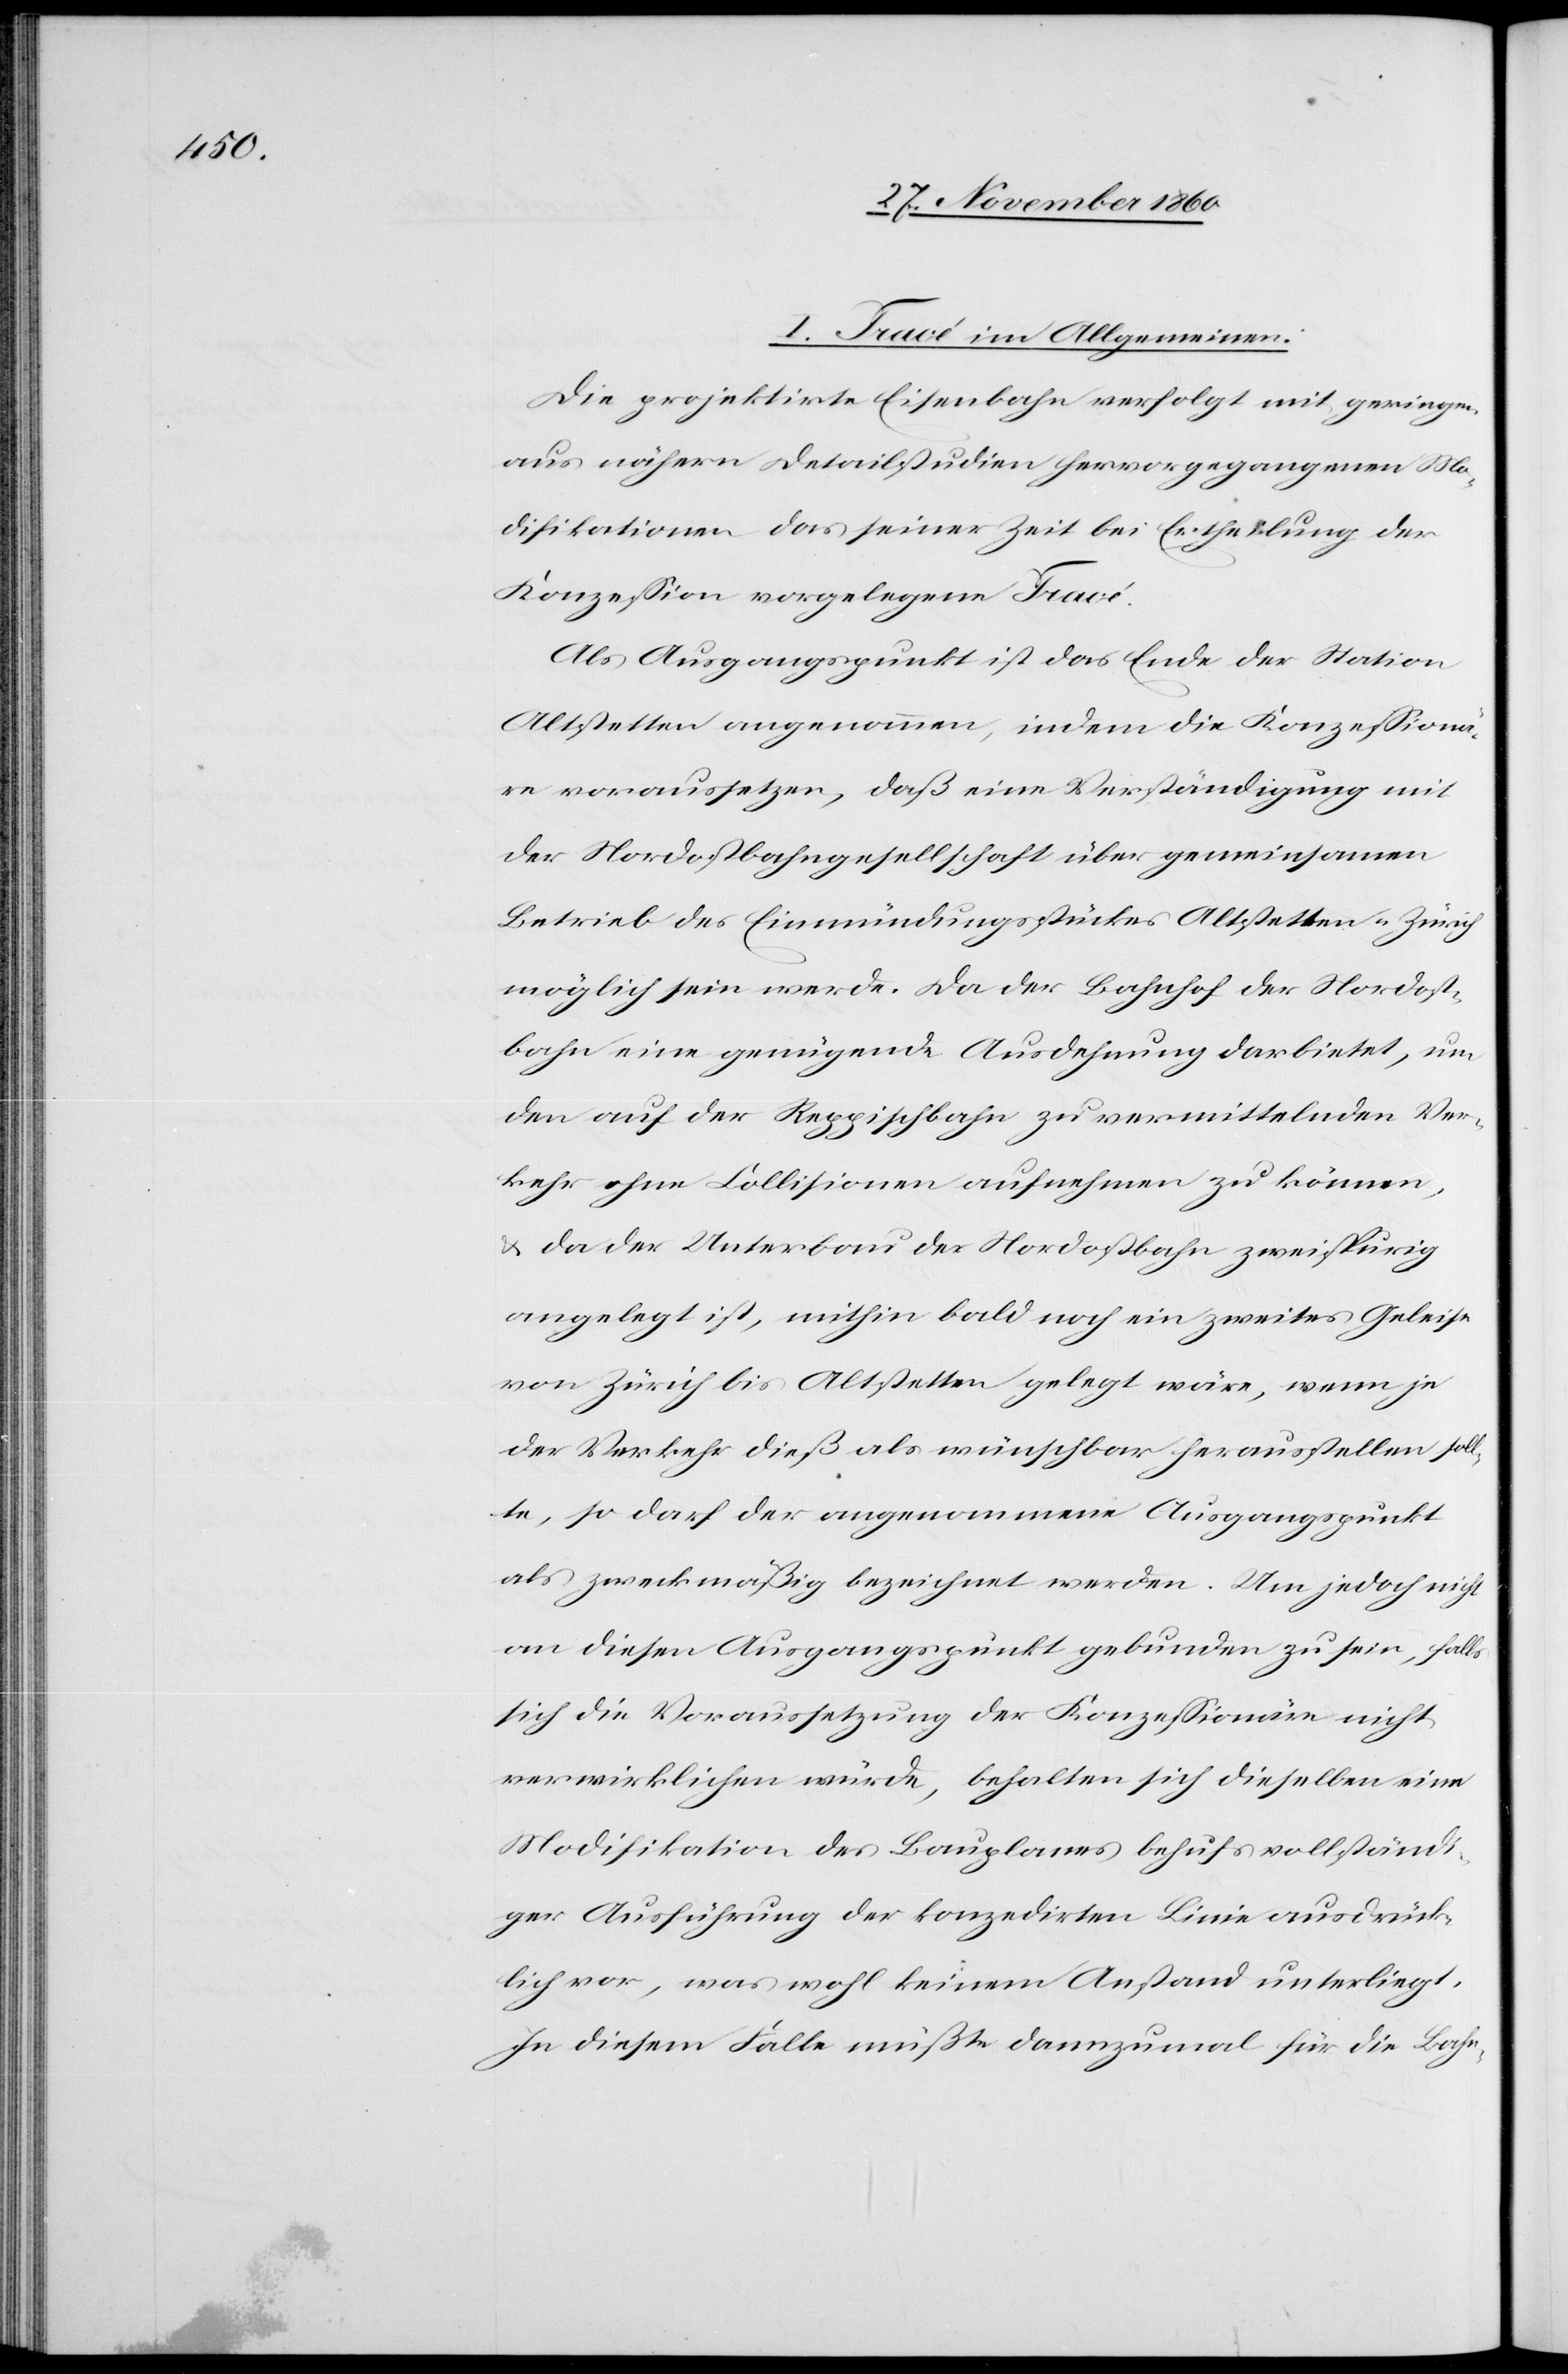
[„]I. Tracé im Allgemeinen.
Die projektirte Eisenbahn verfolgt mit geringen,
aus nähern Detailstudien hervorgegangenen Mo¬
difikationen das seiner Zeit bei Ertheilung der
Konzession vorgelegene Tracé.
Als Ausgangspunkt ist das Ende der Station
Altstetten angenommen, indem die Konzessionä¬
re voraussetzen, daß eine Verständigung mit
der Nordostbahngesellschaft über gemeinsamen
Betrieb des Einmündungsstückes Altstetten-Zürich
möglich sein werde. Da der Bahnhof der Nordost¬
bahn eine genügende Ausdehnung darbietet, um
den auf der Reppischbahn zu vermittelnden Ver¬
kehr ohne Collissionen aufnehmen zu können
u. da der Unterbau der Nordostbahn zweispurig
angelegt ist, mithin bald noch ein zweites Geleise
von Zürich bis Altstetten gelegt wäre, wenn je
der Verkehr dieß als wünschbar herausstellen soll¬
te, so darf der angenommene Ausgangspunkt
als zweckmäßig bezeichnet werden. Um jedoch nicht
an diesen Ausgangspunkt gebunden zu sein, falls
sich die Voraussetzung der Konzessionäre nicht
verwirklichen würde, behalten sich dieselben eine
Modifikation des Bauplanes behufs vollständi¬
ger Ausführung der konzedirten Linie ausdrück¬
lich vor, was wohl keinem Anstand unterliegt.
In diesem Falle müßte dannzumal für die Bahn-